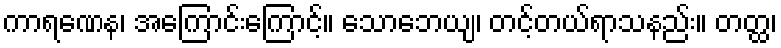
ကာရဏေန၊ အကြောင်းကြောင့်။ သောဘေယျ၊ တင့်တယ်ရာသနည်း။ တတ္ထ၊